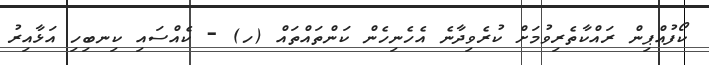
ކޯފުއްޕިން ރައްކާތެރިވުމަށް ކުރެވިދާނެ އެހެނިހެން ކަންތައްތައް (ހ) - ކެއްސައި ކިނބިހި އަޅާއިރު